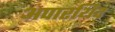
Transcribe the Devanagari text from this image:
अपारथिद